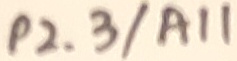
Text: P2.3/A11